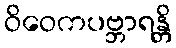
ဝိဝေကပဗ္ဘာရန္တိ